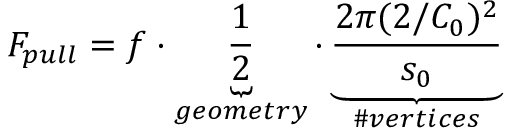
F _ { p u l l } = f \cdot \underbrace { \frac { 1 } { 2 } } _ { g e o m e t r y } \cdot \underbrace { \frac { 2 \pi ( 2 / C _ { 0 } ) ^ { 2 } } { s _ { 0 } } } _ { \# v e r t i c e s }